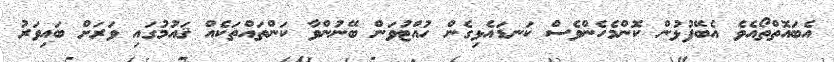
އެބައޮތްތޯއެވެ އެބޭފުޅުން ކޮންމެހެންވެސް ކަނޑައެޅިގެން ހުއްޓުވަން ބޭނުންވާ ކަންތައްތަކެއް ޤައުމުގައި ވަރަށް ބައިވަރު